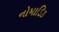
નોમાડિક